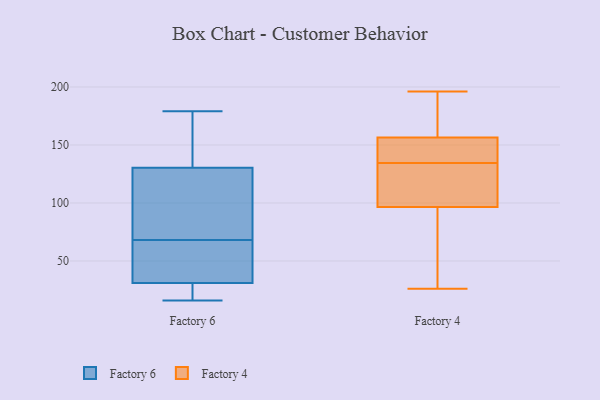
{"axis": {"x": "Churn Rate (%)", "y": "Value"}, "legend": ["Factory 4", "Factory 6"], "data": [{"x": "", "y": 98, "type": "Factory 6"}, {"x": "", "y": 17, "type": "Factory 6"}, {"x": "", "y": 165, "type": "Factory 6"}, {"x": "", "y": 26, "type": "Factory 6"}, {"x": "", "y": 31, "type": "Factory 6"}, {"x": "", "y": 49, "type": "Factory 6"}, {"x": "", "y": 31, "type": "Factory 6"}, {"x": "", "y": 89, "type": "Factory 6"}, {"x": "", "y": 122, "type": "Factory 6"}, {"x": "", "y": 52, "type": "Factory 6"}, {"x": "", "y": 179, "type": "Factory 6"}, {"x": "", "y": 68, "type": "Factory 6"}, {"x": "", "y": 16, "type": "Factory 6"}, {"x": "", "y": 165, "type": "Factory 6"}, {"x": "", "y": 133, "type": "Factory 6"}, {"x": "", "y": 147, "type": "Factory 4"}, {"x": "", "y": 119, "type": "Factory 4"}, {"x": "", "y": 124, "type": "Factory 4"}, {"x": "", "y": 80, "type": "Factory 4"}, {"x": "", "y": 165, "type": "Factory 4"}, {"x": "", "y": 26, "type": "Factory 4"}, {"x": "", "y": 196, "type": "Factory 4"}, {"x": "", "y": 145, "type": "Factory 4"}, {"x": "", "y": 171, "type": "Factory 4"}, {"x": "", "y": 148, "type": "Factory 4"}, {"x": "", "y": 86, "type": "Factory 4"}, {"x": "", "y": 107, "type": "Factory 4"}]}